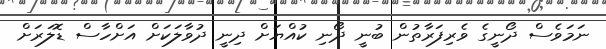
ނަމަވެސް ދޯނީގެ ވެރިފަރާތުން ބުނީ ދޯނި ކުއްޔަށް ދިނީ ދުވާލަކަށް އަށްހާސް ޑޮލަރަށް